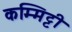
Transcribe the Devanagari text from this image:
कम्मिट्टी